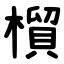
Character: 橮